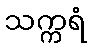
သက္ကရံ